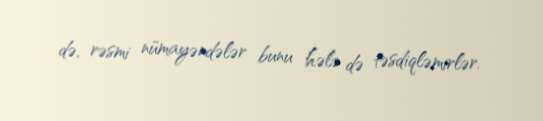
də, rəsmi nümayəndələr bunu hələ də təsdiqləmirlər.